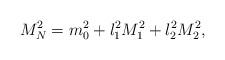
LaTeX: \begin{align*}M_{N}^{2} = m_{0}^{2} + l_{1}^{2}M_{1}^2 + l_{2}^{2}M_{2}^2 , \end{align*}